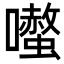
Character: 𭌤